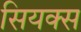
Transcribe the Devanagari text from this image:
सियक्स